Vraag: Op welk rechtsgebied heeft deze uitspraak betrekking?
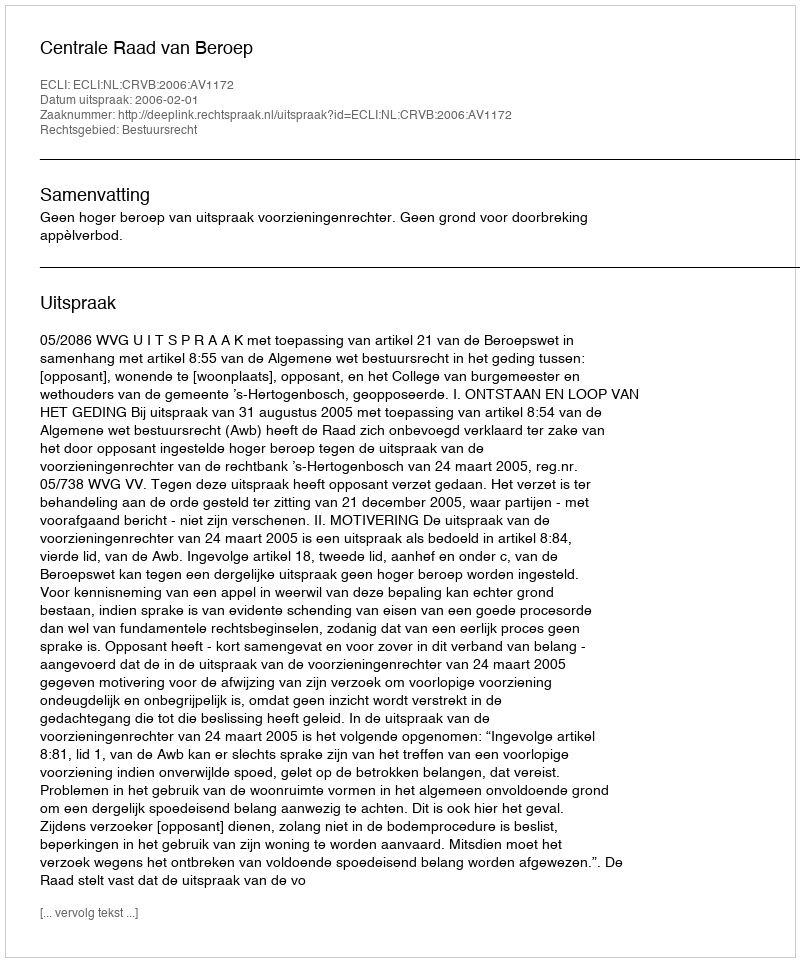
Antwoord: Bestuursrecht